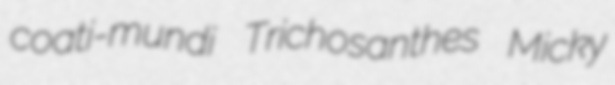
coati-mundi Trichosanthes Micky